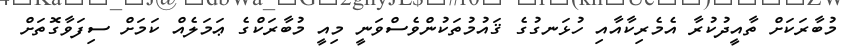
މުބާރަކަށް ތާއީދުކުރާ އެމެރިކާއާއި ހުޅަނގުގެ ޤައުމުތަކުންވެސްވަނީ މިއީ މުބާރަކްގެ ޢަމަލެއް ކަމަށް ސިފަވާގޮތަށް